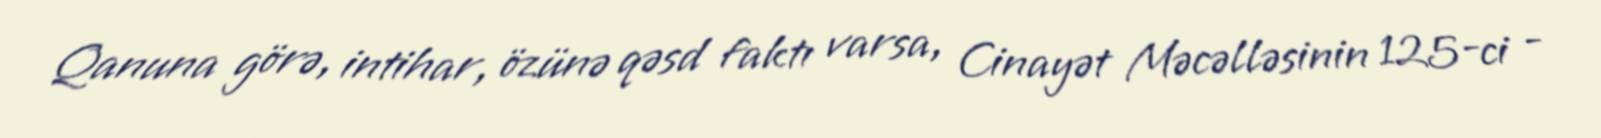
Qanuna görə, intihar, özünə qəsd faktı varsa, Cinayət Məcəlləsinin 125-ci -